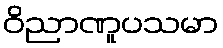
ဝိညာဏူပသမာ